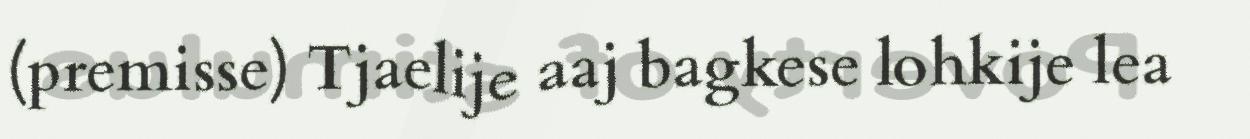
(premisse) Tjaelije aaj bagkese lohkije lea